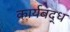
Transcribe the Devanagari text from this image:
कार्यबद्ध